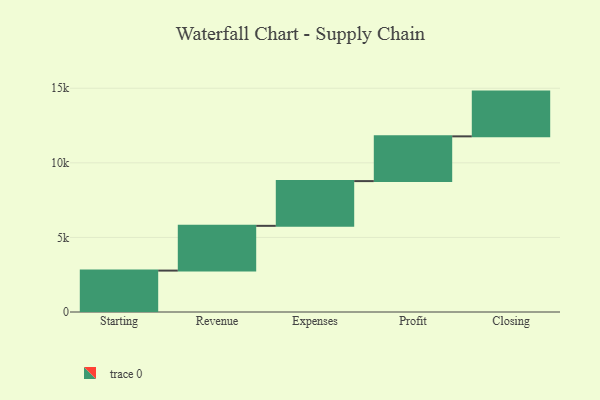
{"axis": {"x": "Step", "y": "Value"}, "legend": [""], "data": [{"x": "Starting", "y": 2776.0, "type": ""}, {"x": "Revenue", "y": 3000, "type": ""}, {"x": "Expenses", "y": 3000, "type": ""}, {"x": "Profit", "y": 3000, "type": ""}, {"x": "Closing", "y": 3000, "type": ""}]}